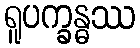
ရူပက္ခန္ဓဿ